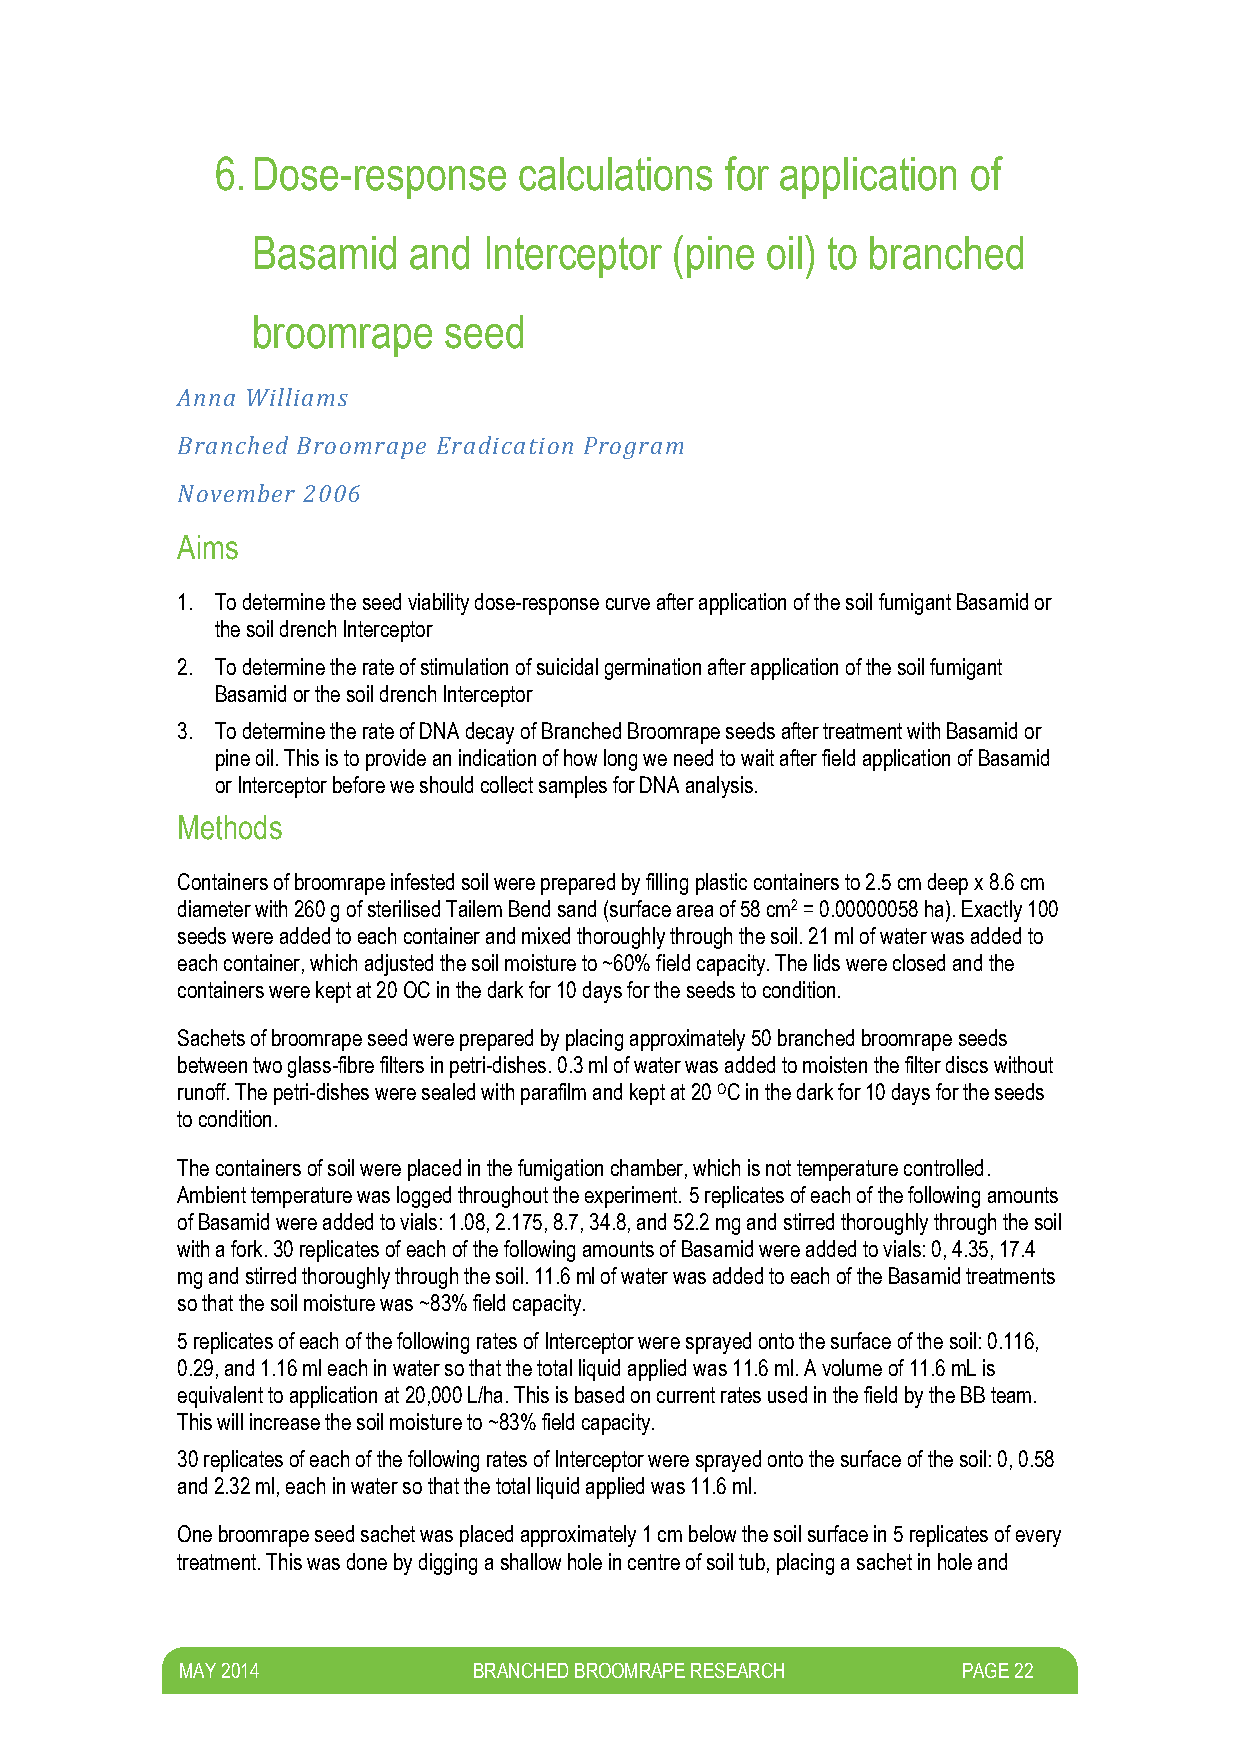
6. Dose-response    calculations  for application of
 Basamid   and  Interceptor  (pine oil) to branched
 broomrape   seed
 Anna Williams
 Branched Broomrape Eradication Program
 November 2006
 Aims
 1. To determine the seed viability dose-response curve after application of the soil fumigant Basamid or
 the soil drench Interceptor
 2. To determine the rate of stimulation of suicidal germination after application of the soil fumigant
 Basamid or the soil drench Interceptor
 3. To determine the rate of DNA decay of Branched Broomrape seeds after treatment with Basamid or
 pine oil. This is to provide an indication of how long we need to wait after field application of Basamid
 or Interceptor before we should collect samples for DNA analysis.
 Methods
 Containers of broomrape infested soil were prepared by filling plastic containers to 2.5 cm deep x 8.6 cm
 diameter with 260 g of sterilised Tailem Bend sand (surface area of 58 cm2 = 0.00000058 ha). Exactly 100
 seeds were added to each container and mixed thoroughly through the soil. 21 ml of water was added to
 each container, which adjusted the soil moisture to ~60% field capacity. The lids were closed and the
 containers were kept at 20 OC in the dark for 10 days for the seeds to condition.
 Sachets of broomrape seed were prepared by placing approximately 50 branched broomrape seeds
 between two glass-fibre filters in petri-dishes. 0.3 ml of water was added to moisten the filter discs without
 runoff. The petri-dishes were sealed with parafilm and kept at 20 OC in the dark for 10 days for the seeds
 to condition.
 The containers of soil were placed in the fumigation chamber, which is not temperature controlled.
 Ambient temperature was logged throughout the experiment. 5 replicates of each of the following amounts
 of Basamid were added to vials: 1.08, 2.175, 8.7, 34.8, and 52.2 mg and stirred thoroughly through the soil
 with a fork. 30 replicates of each of the following amounts of Basamid were added to vials: 0, 4.35, 17.4
 mg and stirred thoroughly through the soil. 11.6 ml of water was added to each of the Basamid treatments
 so that the soil moisture was ~83% field capacity.
 5 replicates of each of the following rates of Interceptor were sprayed onto the surface of the soil: 0.116,
 0.29, and 1.16 ml each in water so that the total liquid applied was 11.6 ml. A volume of 11.6 mL is
 equivalent to application at 20,000 L/ha. This is based on current rates used in the field by the BB team.
 This will increase the soil moisture to ~83% field capacity.
 30 replicates of each of the following rates of Interceptor were sprayed onto the surface of the soil: 0, 0.58
 and 2.32 ml, each in water so that the total liquid applied was 11.6 ml.
 One broomrape seed sachet was placed approximately 1 cm below the soil surface in 5 replicates of every
 treatment. This was done by digging a shallow hole in centre of soil tub, placing a sachet in hole and
 M AY 2014          BRANCHED BROOMRAPE RESEARCH      PAGE 22